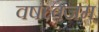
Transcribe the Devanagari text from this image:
वषध्वजम